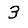
Digit: 3